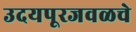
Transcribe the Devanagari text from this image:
उदयपूरजवळचे